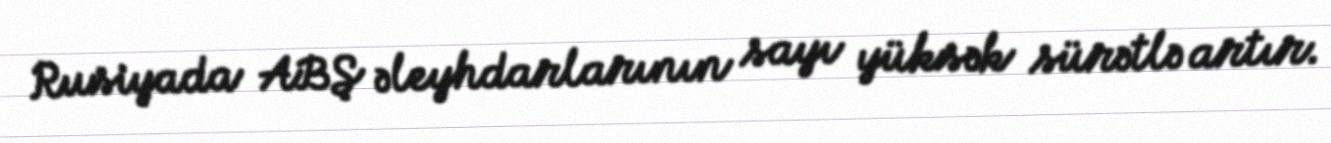
Rusiyada ABŞ əleyhdarlarının sayı yüksək sürətlə artır.